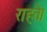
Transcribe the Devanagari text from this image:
राहते।